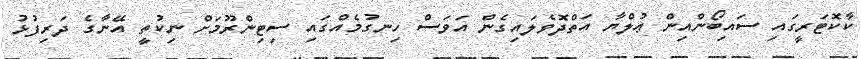
ކާކޮޓަރީގައި ސައިބޯންއިން ޢުލްޔާ އަތްދޮވެލައިގެން އަވަސް ހިނގުމެއްގައި ސިޓިންރޫމަށް ނިކުތީ އޭނާގެ ދަރިފުޅު